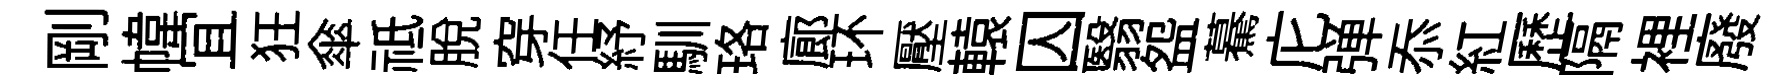
剛幃冝狂傘祗脫穿任紓馴珞廊环壓轅囚翳盌驀庀弹忝紅歷隔裡廢